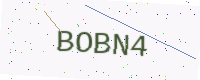
Text: BOBN4